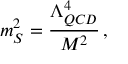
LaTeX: m _ { S } ^ { 2 } = \frac { \Lambda _ { Q C D } ^ { 4 } } { M ^ { 2 } } \, ,